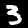
Digit: 3